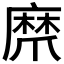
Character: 𤔨